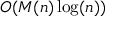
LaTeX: O ( M ( n ) \log ( n ) )